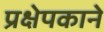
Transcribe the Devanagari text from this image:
प्रक्षेपकाने